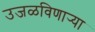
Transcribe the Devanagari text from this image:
उजळविणार्‍या